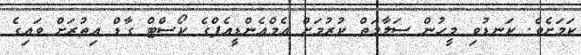
ކަމަށެވެ. ކަނޑުވި މީހުން ސަލާމަތް ކުރުމަށް އެމްއެންޑީއެފްގެ ކޯސްޓް ގާޑް އިތުރަށް ވައިގެ